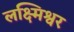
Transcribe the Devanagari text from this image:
लक्ष्मिश्वर